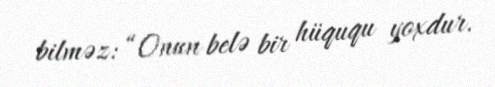
bilməz: “Onun belə bir hüququ yoxdur.